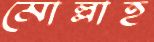
মোল্লাহ